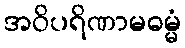
အဝိပရိဏာမဓမ္မံ